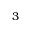
3